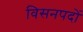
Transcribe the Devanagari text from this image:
विसनपदों